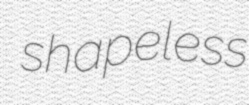
shapeless